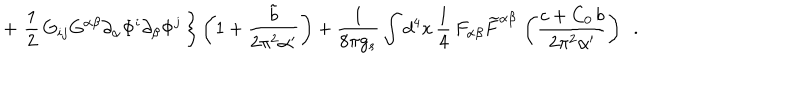
LaTeX: + \, \left. \frac { 1 } { 2 } \, G _ { i j } G ^ { \alpha \beta } \partial _ { \alpha } \Phi ^ { i } \partial _ { \beta } \Phi ^ { j } \, \right\} \left( 1 + \frac { { \tilde { b } } } { 2 \pi ^ { 2 } \alpha ^ { \prime } } \right) + \frac { 1 } { 8 \pi g _ { s } } \int d ^ { 4 } x \, \frac { 1 } { 4 } \, F _ { \alpha \beta } { \widetilde { F } } ^ { \alpha \beta } \, \left( \frac { c + C _ { 0 } \, b } { 2 \pi ^ { 2 } \alpha ^ { \prime } } \right) ~ ~ .